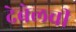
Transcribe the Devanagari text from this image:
देबेलची